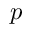
p